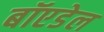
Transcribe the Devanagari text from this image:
बॉएडेल